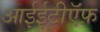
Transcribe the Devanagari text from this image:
आईईटीऍफ़